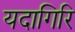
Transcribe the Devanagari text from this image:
यदागिरि